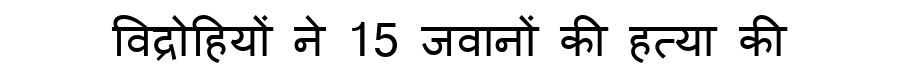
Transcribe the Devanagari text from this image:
विद्रोहियों ने 15 जवानों की हत्या की